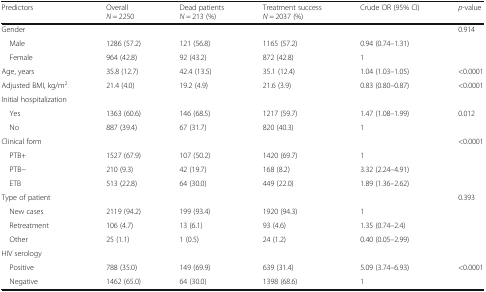
<table><thead><tr><td><b>Predictors</b></td><td><b>Overall<i>N</i> = 2250</b></td><td><b>Dead patients<i>N</i> = 213 (%)</b></td><td><b>Treatment success<i>N</i> = 2037 (%)</b></td><td><b>Crude OR (95% CI)</b></td><td><b><i>p</i>-value</b></td></tr></thead><tbody><tr><td>Gender</td><td></td><td></td><td></td><td></td><td>0.914</td></tr><tr><td> Male</td><td>1286 (57.2)</td><td>121 (56.8)</td><td>1165 (57.2)</td><td>0.94 (0.74–1.31)</td><td></td></tr><tr><td> Female</td><td>964 (42.8)</td><td>92 (43.2)</td><td>872 (42.8)</td><td>1</td><td></td></tr><tr><td>Age, years</td><td>35.8 (12.7)</td><td>42.4 (13.5)</td><td>35.1 (12.4)</td><td>1.04 (1.03–1.05)</td><td>&lt;0.0001</td></tr><tr><td>Adjusted BMI, kg/m<sup>2</sup></td><td>21.4 (4.0)</td><td>19.2 (4.9)</td><td>21.6 (3.9)</td><td>0.83 (0.80–0.87)</td><td>&lt;0.0001</td></tr><tr><td>Initial hospitalization</td><td></td><td></td><td></td><td></td><td></td></tr><tr><td> Yes</td><td>1363 (60.6)</td><td>146 (68.5)</td><td>1217 (59.7)</td><td>1.47 (1.08–1.99)</td><td>0.012</td></tr><tr><td> No</td><td>887 (39.4)</td><td>67 (31.7)</td><td>820 (40.3)</td><td>1</td><td></td></tr><tr><td>Clinical form</td><td></td><td></td><td></td><td></td><td>&lt;0.0001</td></tr><tr><td> PTB+</td><td>1527 (67.9)</td><td>107 (50.2)</td><td>1420 (69.7)</td><td>1</td><td></td></tr><tr><td> PTB−</td><td>210 (9.3)</td><td>42 (19.7)</td><td>168 (8.2)</td><td>3.32 (2.24–4.91)</td><td></td></tr><tr><td> ETB</td><td>513 (22.8)</td><td>64 (30.0)</td><td>449 (22.0)</td><td>1.89 (1.36–2.62)</td><td></td></tr><tr><td>Type of patient</td><td></td><td></td><td></td><td></td><td>0.393</td></tr><tr><td> New cases</td><td>2119 (94.2)</td><td>199 (93.4)</td><td>1920 (94.3)</td><td>1</td><td></td></tr><tr><td> Retreatment</td><td>106 (4.7)</td><td>13 (6.1)</td><td>93 (4.6)</td><td>1.35 (0.74–2.4)</td><td></td></tr><tr><td> Other</td><td>25 (1.1)</td><td>1 (0.5)</td><td>24 (1.2)</td><td>0.40 (0.05–2.99)</td><td></td></tr><tr><td>HIV serology</td><td></td><td></td><td></td><td></td><td></td></tr><tr><td> Positive</td><td>788 (35.0)</td><td>149 (69.9)</td><td>639 (31.4)</td><td>5.09 (3.74–6.93)</td><td>&lt;0.0001</td></tr><tr><td> Negative</td><td>1462 (65.0)</td><td>64 (30.0)</td><td>1398 (68.6)</td><td>1</td><td></td></tr></tbody></table>